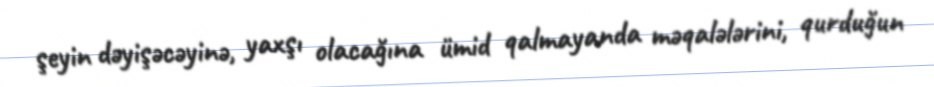
şeyin dəyişəcəyinə, yaxşı olacağına ümid qalmayanda məqalələrini, qurduğun